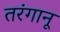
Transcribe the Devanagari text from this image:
तरंगानू